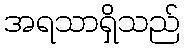
အရသာရှိသည်